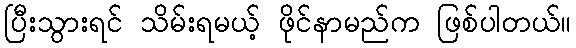
ပြီးသွားရင် သိမ်းရမယ့် ဖိုင်နာမည်က ဖြစ်ပါတယ်။